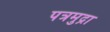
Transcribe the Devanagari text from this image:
पत्रमुद्रा